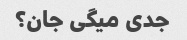
جدی میگی جان؟